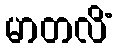
မာတလိံ